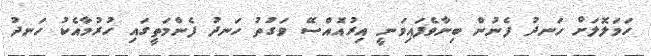
ހަމަލޮލަށް ހަނދު ފެނުން ބިނާވެފައިވަނީ އިރުއޮއްސޭ ވަގުތު ހަނދު ފެންމަތީގައި ހުރުމާއެކު ހަނދު